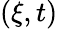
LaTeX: \left(\xi,t\right)